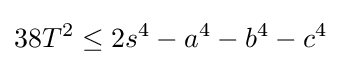
38T^{2}\leq 2s^{4}-a^{4}-b^{4}-c^{4}